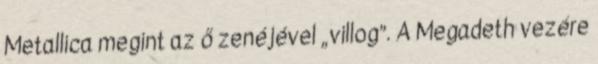
Metallica megint az ő zenéjével „villog”. A Megadeth vezére